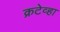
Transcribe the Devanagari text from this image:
क्रटेव्हा